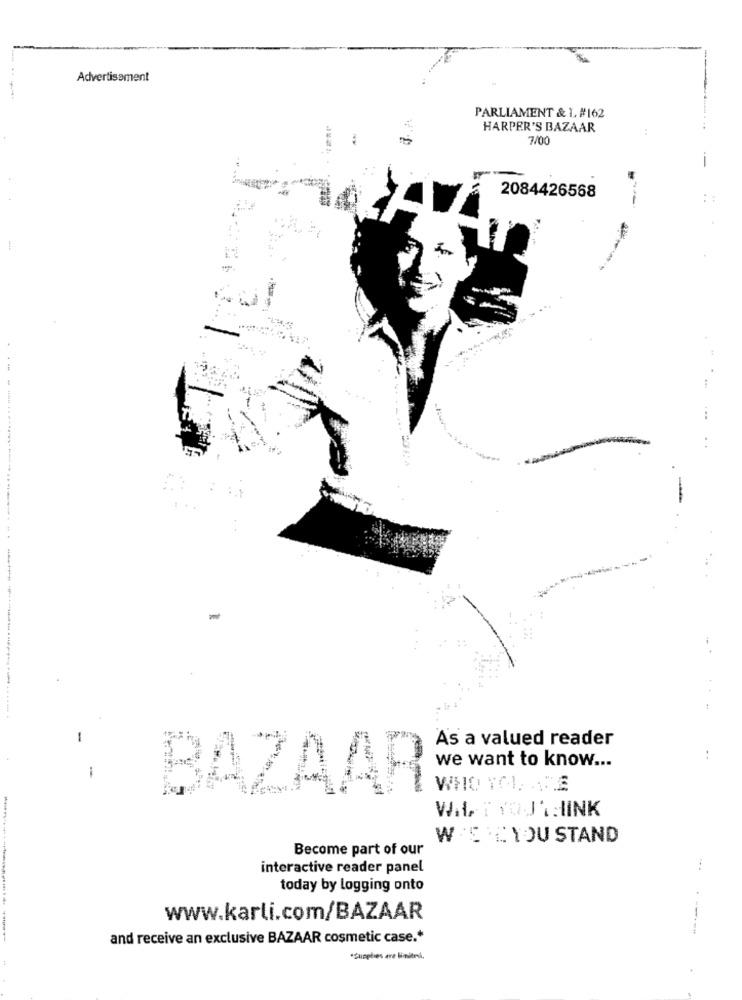
Advertisement
PARLIAMENT & L. #162
HARPER'S BAZAAR
--
2084426568
As a valued reader
we want to know ...
..
-
BAZAAR
WHO TOL .E
WALT YOUTHINK
W'S LYOU STAND
Become part of our
interactive reader panel
...
today by logging onto
www.karli.com/BAZAAR
------
and receive an exclusive BAZAAR cosmetic case .*
*Supplies are limited.